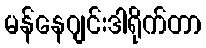
မန်နေဂျင်းဒါရိုက်တာ